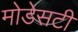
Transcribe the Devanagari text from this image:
मोडेसटी